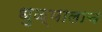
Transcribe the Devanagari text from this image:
धुळ्यालाच